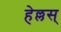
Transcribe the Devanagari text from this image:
हेल्लस्